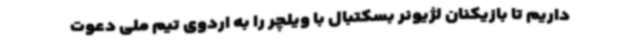
داریم تا بازیکنان لژیونر بسکتبال با ویلچر را به اردوی تیم ملی دعوت